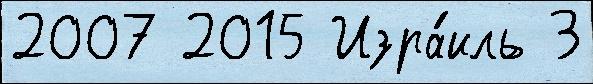
2007 2015 Изра́иль 3